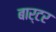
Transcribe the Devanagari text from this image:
बार्टर